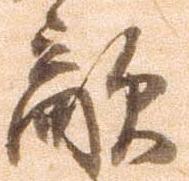
敵